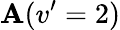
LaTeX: \mathbf{A}(v^{\prime}=2)